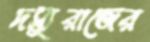
দস্যুরাজের